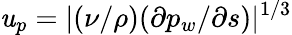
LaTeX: \mathit{u}_{p}=|(\nu/\rho)(\partial{p_{w}}/\partial{s})|^{1/3}